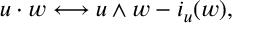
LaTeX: u \cdot w \longleftrightarrow u \wedge w - i _ { u } ( w ) ,